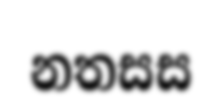
නතසස